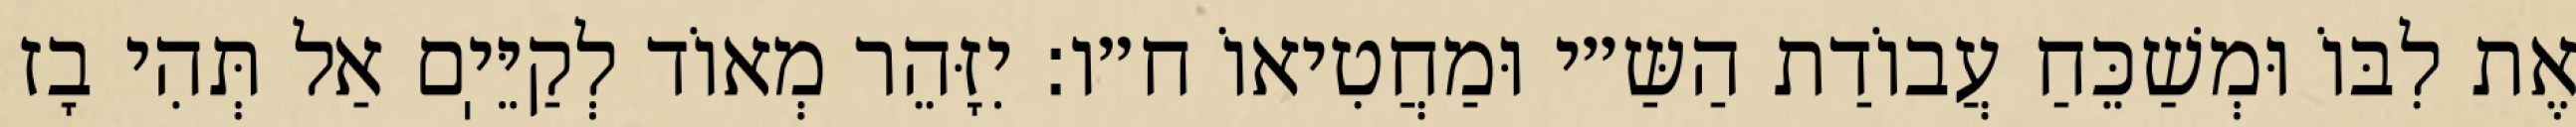
אֶת לִבּוֹ וּמְשַׁכֵּחַ עֲבוֹדַת הַשַּ״י וּמַחֲטִיאוֹ ח״ו: יִזָּהֵר מְאוֹד לְקַיֵּיֽם אַל תְּהִי בָז